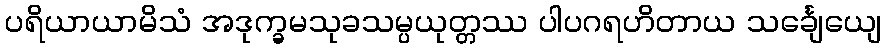
ပရိယာယာမိသံ အဒုက္ခမသုခသမ္ပယုတ္တဿ ပါပဂရဟိတာယ သင်္ချေယျေ